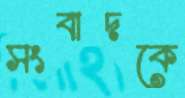
সংবাদকে